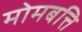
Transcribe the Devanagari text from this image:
मोमबत्ति